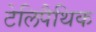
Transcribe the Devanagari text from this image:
टेलिपैथिक